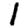
Digit: 1